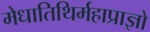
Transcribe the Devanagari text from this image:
मेधातिथिर्महाप्राज्ञो